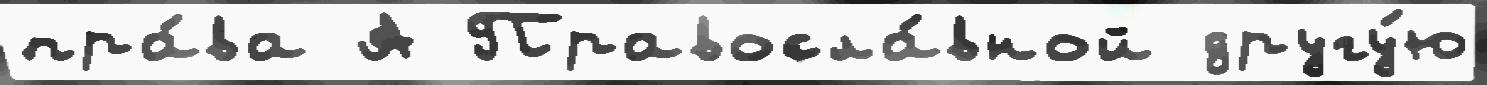
пра́ва А Правосла́вной другу́ю